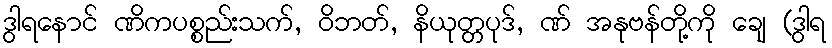
ဒွါရနောင် ဏိကပစ္စည်းသက်, ဝိဘတ်, နိယုတ္တပုဒ်, ဏ် အနုဗန်တို့ကို ချေ (ဒွါရ